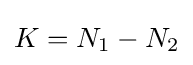
K=N_{1}-N_{2}